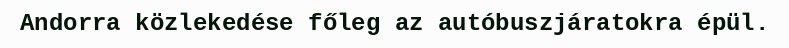
Andorra közlekedése főleg az autóbuszjáratokra épül.